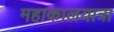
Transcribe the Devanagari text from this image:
महाकालयात्रा